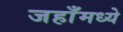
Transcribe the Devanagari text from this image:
जहाँमध्ये